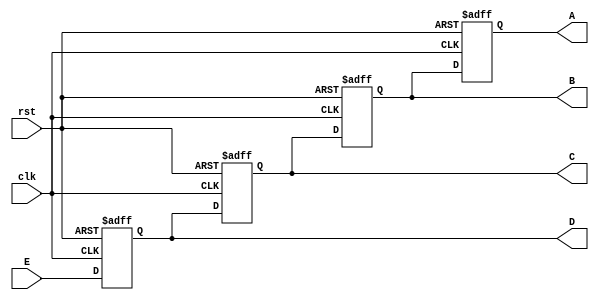
`timescale 1ns / 1ps
//////////////////////////////////////////////////////////////////////////////////
// Company: 
// Engineer: 
// 
// Design Name: 
// Module Name: ShiftRegister
// Project Name: 
// Target Devices: 
// Tool Versions: 
// Description: 
// 
// Dependencies: 
// 
// Revision:
// Revision 0.01 - File Created
// Additional Comments:
// 
//////////////////////////////////////////////////////////////////////////////////


module ShiftRegister(
    A,B,C,D,E,clk,rst
    );
    input E,clk,rst;
    output A,B,C,D;
    reg A,B,C,D;
    always@(posedge clk or posedge rst) begin
        if(rst)begin
            A<=0;B<=0;C<=0;D<=0;
        end
        else begin
            A<=B;B<=C;C<=D;D<=E;
        end
    
    end
endmodule